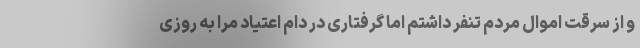
و از سرقت اموال مردم تنفر داشتم اما گرفتاری در دام اعتیاد مرا به روزی